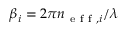
\beta _ { i } = 2 \pi n _ { \mathrm { ~ e ~ f ~ f ~ } , i } / \lambda